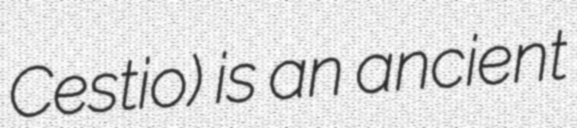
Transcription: Cestio) is an ancient